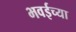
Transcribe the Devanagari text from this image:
भवईच्या